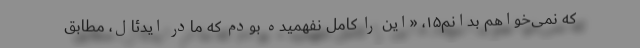
که نمی‌خواهم بدانم۱۵، «این را کامل نفهمیده بودم که مادر ایدئال، مطابق